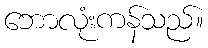
ဘောလုံးကန်သည်။